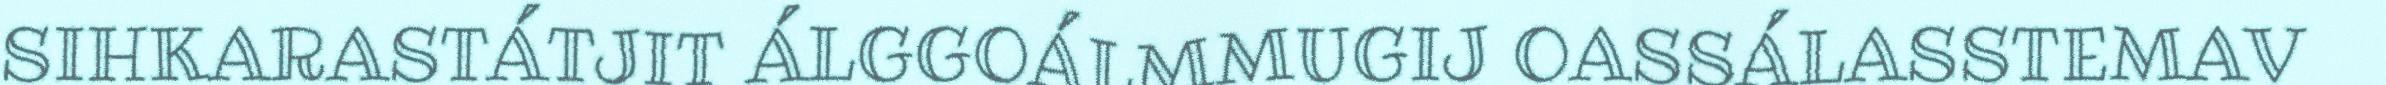
SIHKARASTÁTJIT ÁLGGOÁLMMUGIJ OASSÁLASSTEMAV